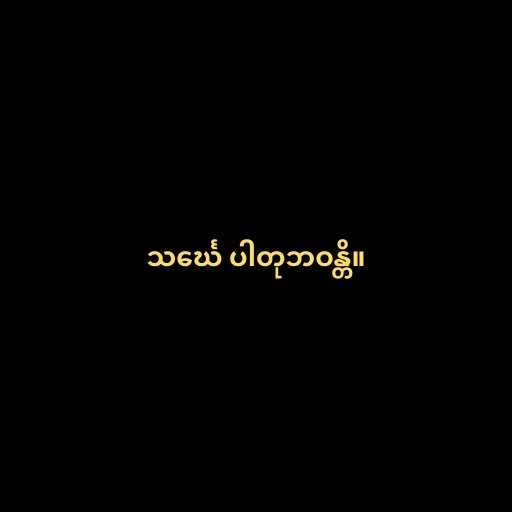
သင်္ဃေ ပါတုဘဝန္တိ။